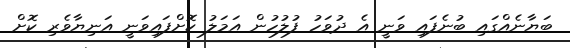
ބަޔާނެއްގައި ބުނެފައި ވަނީ އެ ދުވަހު ފުލުހުން އަމަލު ކޮށްފައިވަނީ އަނިޔާވެރި ކޮށް